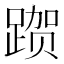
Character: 𰸦